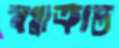
স্বপ্নাক্রান্ত